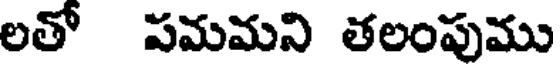
లతో పమమని తలంపుము